Vaccination report Assam 1896-1927 - 1896-1927
Year: 1896
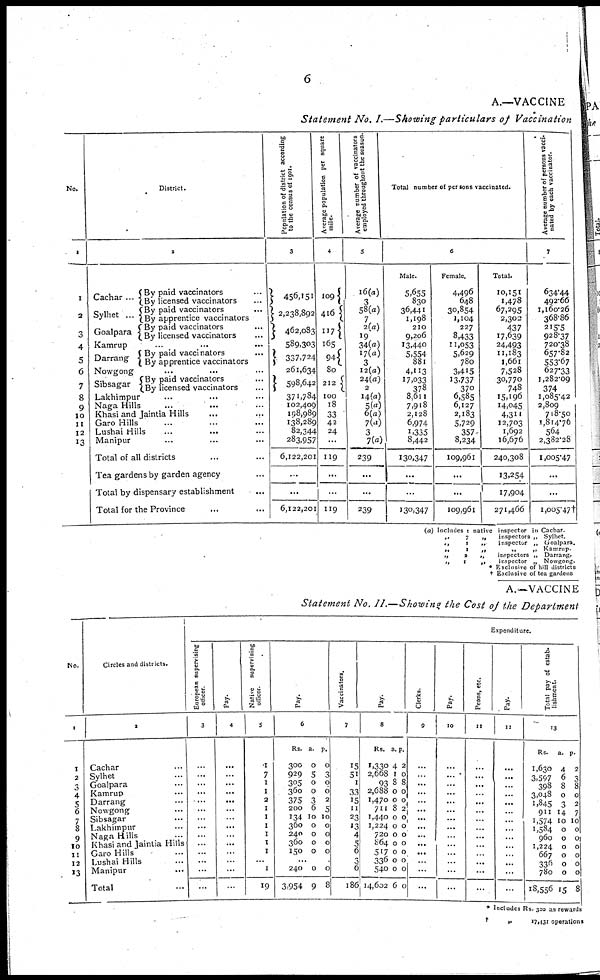
6
A.—VACCINE
Statement No. I.—Showing particulars of Vaccination
No.
1
1
2
3
4
5
6
7
8
9
10
11
12
13
District.
2
Cachar...
Sylhet...
Goalpara
Kamrup
Darrang
Nowgong
Sibsagar
By paid vaccinators...
By licensed vaccinators...
By paid vaccinators...
By apprentice vaccinators
By paid vaccinators...
By licensed vaccinators...
... ... ...
By paid vaccinators...
By apprentice vaccinators
... ... ...
By paid vaccinators...
By licensed vaccinators...
Lakhimpur... ...
Naga Hills...
... ...
Khasi and Jaintia Hills... ...
Garo Hills... ... ...
Lushai Hills... ...
Manipur... ... ...
Total of all districts... ...
Tea gardens by garden agency... ...
Total by dispensary establishment
Total for the Province... ... ...
Population of district according
to the census of 1901.
3
456,151
2,238,892
462,083
589,303
337,724
261,634
598,642
371,784
102,409
198,989
138,289
82,344
283,957
6,122,201
...
...
6,122,201
Average population per square
mile.
4
109
416
117
165
94
80
212
100
18
33
42
24
...
119
...
...
119
Average number of vaccinators
employed throughout the season.
5
16(a)
3
58(a)
7
2(a)
19
34(a)
17(a)
3
12(a)
24(a)
2
14(a)
5(a)
6(a)
7(a)
3
7(a)
239
...
...
239
Total number of persons vaccinated.
6
Male.
5,655
830
36,441
1,198
210
9,206
13,440
5,554
881
4,113
17,033
378
8,611
7,918
2,128
6,974
1,335
8,442
130,347
...
...
130,347
Female.
4,496
648
30,854
1,104
227
8,433
11,053
5,629
780
3,415
13,737
370
6,585
6,127
2,183
5,729
357
8,234
109,961
...
...
109,961
Total.
10,151
1,478
67,295
2,302
437
17,639
24,493
11,183
1,661
7,528
30,770
748
15,196
14,045
4,311
12,703
1,692
16,676
240,308
13,254
17,904
271,466
Average number of persons vacci-
nated by each vaccinator.
7
634.44
492.66
1,160.26
368.86
215.5
928.37
720.38
657.82
553.67
627.33
1,282.09
374
1,085.42
2,809
718.50
1,814.76
564
2,382.28
1,005.47
...
...
1,005.47†
(a) Includes 1 native inspector in Cachar.
„
7
„
inspectors „ Sylhet.
„
1
„
inspector „ Goalpara.
„
1
„
„
„ Kamrup.
„
2
„
inspectors „ Darrang.
„
1
„
inspector „ Nowgong.
* Exclusive of hill districts
† Exclusive of tea gardens
A.—VACCINE
Statement No. II.—Showing the Cost of the Department
No.
1
1
2
3
4
5
6
7
8
9
10
11
12
13
Circles and districts.
2
Cachar... ...
Sylhet... ...
Goalpara... ...
Kamrup... ...
Darrang... ...
Nowgong... ...
Sibsagar... ...
Lakhimpur... ...
Naga Hills... ...
Khasi and Jaintia Hills
Garo Hills... ...
Lushai Hills... ...
Manipur
Total
Expenditure.
European supervising
officer.
3
...
...
...
...
...
...
...
...
...
...
...
...
...
...
Pay.
4
...
...
...
...
...
...
...
...
...
...
...
...
...
...
Native supervising
officer.
5
1
7
1
1
2
1
1
1
1
1
1
...
1
19
Pay.
6
Rs.
300
929
305
360
375
200
134
360
240
360
150
a.
0
5
0
0
3
6
10
0
0
0
0
p.
0
3
0
0 2
5
10
0
0
0
0
...
240
3,954
0
9
0
8
Vaccinators.
7
15
51
1
33
15
11
23
13
4
5
6
3
6
186
Pay.
8
Rs.
1,330
2,668
93
2,688
1,470
711
1,440
1,224
720
864
517
336
540
14,602
a.
4
1
8
0
0
8
0
0
0
0
0
0
0
6
p.
2
0
8
0
0
2
0
0
0
0
0
0
0
0
Clerks.
9
...
...
...
...
...
...
...
...
...
...
...
...
...
...
Pay.
10
...
...
...
...
...
...
...
...
...
...
...
...
...
...
Peons, etc.
11
...
...
...
...
...
...
...
...
...
...
...
...
...
...
Pay.
12
...
...
...
...
...
...
...
...
...
...
...
...
...
...
Total pay of estab-
lishment.
13
Rs.
1,630
3,597
398
3,048
1,845
911
1,574
1,584
960
1,224
667
336
780
18,556
a.
4
6
8
0
3
3
10
10
0 0
0
0
0
15
p.
2
3
8
0
2
2
10 10
0 0
0
0
0
8
* Includes Rs 320 as rewards
†
"
17,431 operations